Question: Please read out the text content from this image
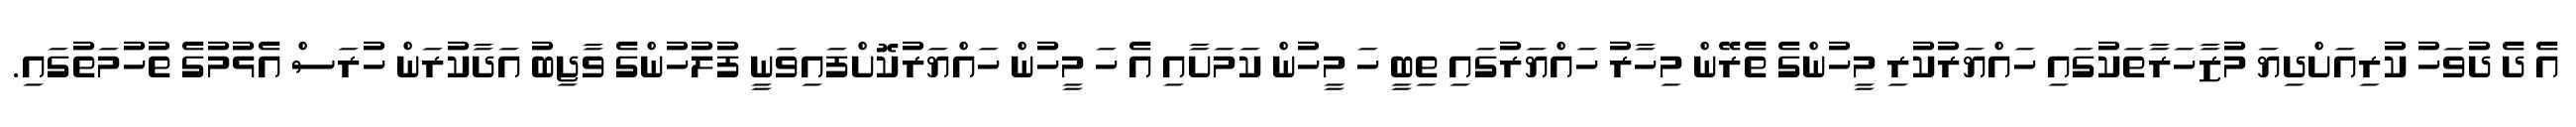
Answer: އެ ދެ ދުވަހު ކުރިއަށްދިޔަ މުޒާހަރާތަކުގައި ހައްޔަރުކުރި މީހުންގެ ތެރޭން މިހާރު ހައްޔަރުގައި ތިބީ ހަ މީހުން ކަމަށާއި އެ ހަ މީހުން ހައްޔަރުކޮށްފައިވަނީ ފުލުހުންގެ ވާޖިބު އަދާކުރަން ހުރަސް އެޅުމުގެ ތުހުމަތުގައި.